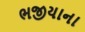
ભજીયાના